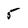
Character: 5